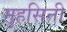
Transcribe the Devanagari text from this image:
मुहसिनी